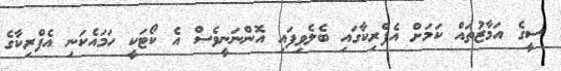
ސީގެ އަމާޒުތައް ކަމަށް އެފްރިކާގައި ބެލެވިފައި އޮންނަނީވެސް އެ ކޯޓަކީ ހަމައެކަނި އެފްރިކާގެ